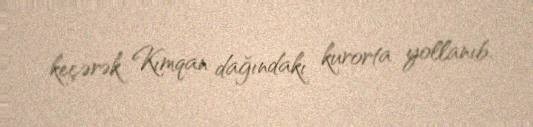
keçərək Kımqan dağındakı kurorta yollanıb.